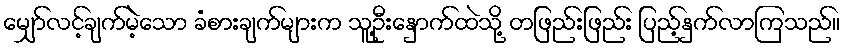
မျှော်လင့်ချက်မဲ့သော ခံစားချက်များက သူ့ဦးနှောက်ထဲသို့ တဖြည်းဖြည်း ပြည့်နှက်လာကြသည်။